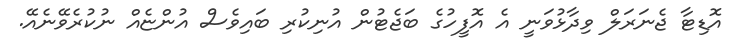
އޮޑިޓާ ޖެނަރަލް ވިދާޅުވަނީ އެ އޮފީހުގެ ބަޖެޓުން އުނިކުރި ބައިވެސް އުންޏެއް ނުކުރެވޭނެއޭ.